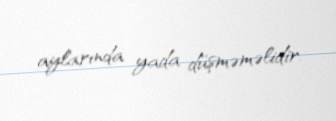
aylarında yada düşməməlidir.